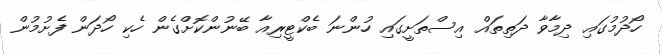
ހޯދުމުގައި ދިމާވާ ދަތިތައް އިސްތަށީގައި ހުންނަ ބެކްޓީރިއާ ބޭނުންކޮށްގެން ހެކި ހޯދަން ފެށުމުން